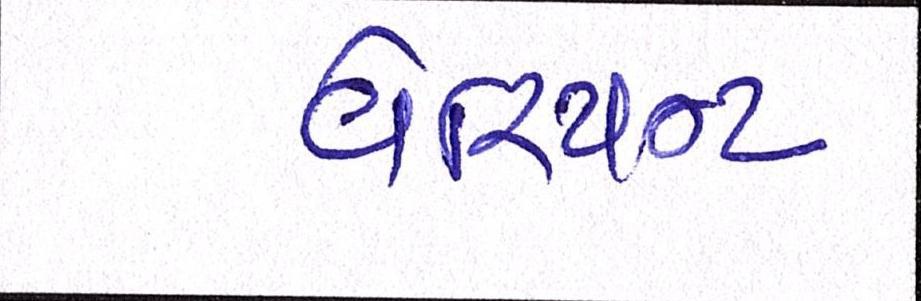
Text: વેરિયન્ટ